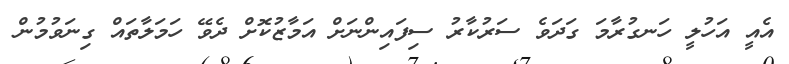
އެއީ އަހުލީ ހަނގުރާމަ ގަދަވެ ސަރުކާރު ސިފައިންނަށް އަމާޒުކޮށް ދެވޭ ހަމަލާތައް ގިނަވުމުން